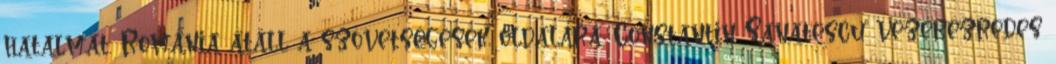
hatalmát. Románia átáll a szövetségesek oldalára. Constantin Sanatescu vezérezredes